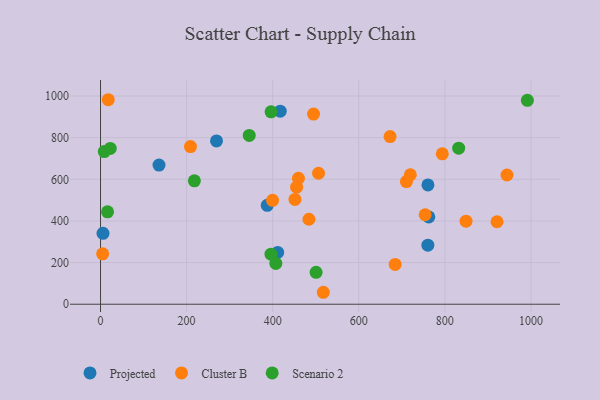
{"axis": {"x": "Experience", "y": "Fuel Efficiency"}, "legend": ["Cluster B", "Projected", "Scenario 2"], "data": [{"x": "269.5", "y": 784.2, "type": "Projected"}, {"x": "387.3", "y": 474.8, "type": "Projected"}, {"x": "135.9", "y": 668.4, "type": "Projected"}, {"x": "760.7", "y": 573.0, "type": "Projected"}, {"x": "411.6", "y": 248.6, "type": "Projected"}, {"x": "760.5", "y": 283.4, "type": "Projected"}, {"x": "417.5", "y": 927.0, "type": "Projected"}, {"x": "762.7", "y": 419.2, "type": "Projected"}, {"x": "5.8", "y": 340.7, "type": "Projected"}, {"x": "684.5", "y": 191.0, "type": "Cluster B"}, {"x": "944.4", "y": 620.7, "type": "Cluster B"}, {"x": "754.2", "y": 429.8, "type": "Cluster B"}, {"x": "794.0", "y": 722.4, "type": "Cluster B"}, {"x": "710.7", "y": 589.3, "type": "Cluster B"}, {"x": "399.7", "y": 499.1, "type": "Cluster B"}, {"x": "455.6", "y": 562.2, "type": "Cluster B"}, {"x": "4.9", "y": 241.9, "type": "Cluster B"}, {"x": "719.8", "y": 621.9, "type": "Cluster B"}, {"x": "506.5", "y": 629.1, "type": "Cluster B"}, {"x": "849.2", "y": 399.0, "type": "Cluster B"}, {"x": "672.7", "y": 805.2, "type": "Cluster B"}, {"x": "921.2", "y": 396.1, "type": "Cluster B"}, {"x": "494.9", "y": 913.1, "type": "Cluster B"}, {"x": "484.2", "y": 408.2, "type": "Cluster B"}, {"x": "459.8", "y": 604.6, "type": "Cluster B"}, {"x": "451.7", "y": 503.2, "type": "Cluster B"}, {"x": "517.6", "y": 57.4, "type": "Cluster B"}, {"x": "18.0", "y": 982.2, "type": "Cluster B"}, {"x": "209.0", "y": 757.4, "type": "Cluster B"}, {"x": "396.2", "y": 924.1, "type": "Scenario 2"}, {"x": "16.3", "y": 443.8, "type": "Scenario 2"}, {"x": "345.5", "y": 810.8, "type": "Scenario 2"}, {"x": "22.6", "y": 748.3, "type": "Scenario 2"}, {"x": "500.8", "y": 153.3, "type": "Scenario 2"}, {"x": "396.0", "y": 240.5, "type": "Scenario 2"}, {"x": "8.7", "y": 733.0, "type": "Scenario 2"}, {"x": "991.7", "y": 979.1, "type": "Scenario 2"}, {"x": "832.1", "y": 749.4, "type": "Scenario 2"}, {"x": "218.1", "y": 592.8, "type": "Scenario 2"}, {"x": "407.3", "y": 196.2, "type": "Scenario 2"}]}